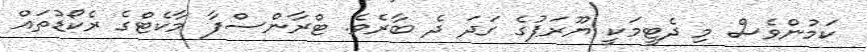
ކަމުންވެސް މި ދެޓީމަކީ ޔޫރަޕުގެ ގަދަ ދެ ބާރެވެ. ޓްރާންސްފާ މާކެޓްގެ ރެކޯޑުތައް